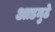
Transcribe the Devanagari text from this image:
आडमुठे